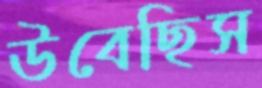
উবেছিস